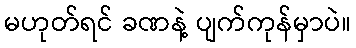
မဟုတ်ရင် ခဏနဲ့ ပျက်ကုန်မှာပဲ။